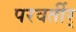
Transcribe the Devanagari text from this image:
परवर्तीर्